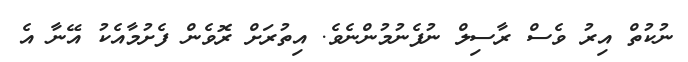
ނުކުތް އިރު ވެސް ރާސިލް ނުފެނުމުންނެވެ. އިތުރަށް ރޮވެން ފެށުމާއެކު އޭނާ އެ